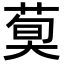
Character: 𦳣